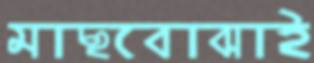
মাছবোঝাই